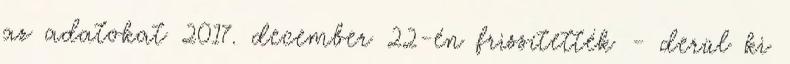
az adatokat 2017. december 22-én frissítették - derül ki